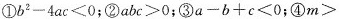
①$$b^{2}-4ac<0$$；②$$abc>0$$；③$$a-b+c<0$$；④m>